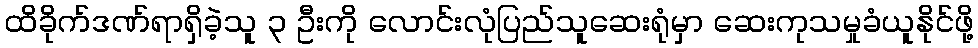
ထိခိုက်ဒဏ်ရာရှိခဲ့သူ ၃ ဦးကို လောင်းလုံပြည်သူဆေးရုံမှာ ဆေးကုသမှုခံယူနိုင်ဖို့